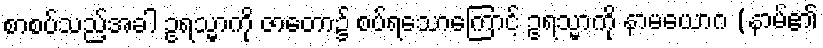
စာစပ်သည့်အခါ ဥရသ္မာကို ဇာတော၌ စပ်ရသောကြောင့် ဥရသ္မာကို နာမယောဂ (နာမ်၏